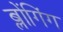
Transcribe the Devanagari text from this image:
ब्लोंगिंग